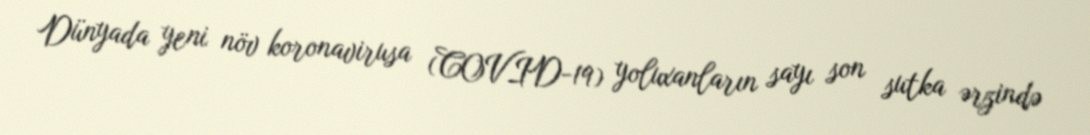
Dünyada yeni növ koronavirusa (COVID-19) yoluxanların sayı son sutka ərzində